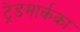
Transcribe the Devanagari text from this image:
ट्रेडमार्कका